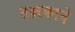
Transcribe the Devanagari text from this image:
तक्षकाने